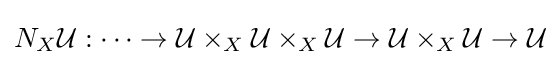
N_{X}{\mathcal {U}}:\dots \to {\mathcal {U}}\times _{X}{\mathcal {U}}\times _{X}{\mathcal {U}}\to {\mathcal {U}}\times _{X}{\mathcal {U}}\to {\mathcal {U}}